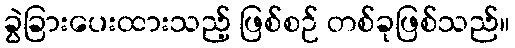
ခွဲခြားပေးထားသည့် ဖြစ်စဉ် တစ်ခုဖြစ်သည်။